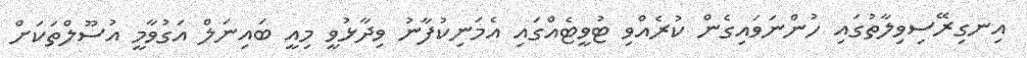
އިނގިރޭސިވިލާތުގައި ހުންނަވައިގެން ކުރެއްވި ޓުވީޓެއްގައި އެމަނިކުފާނު ވިދާޅުވީ މިއީ ބައިނަލް އަގުވާމީ އުސޫލްތަކަށް